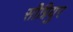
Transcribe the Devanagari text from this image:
सीग्नियुर